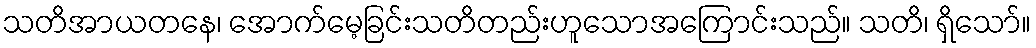
သတိအာယတနေ၊ အောက်မေ့ခြင်းသတိတည်းဟူသောအကြောင်းသည်။ သတိ၊ ရှိသော်။